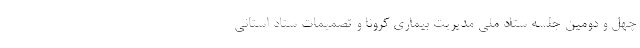
چهل و دومین جلسه ستاد ملی مدیریت بیماری کرونا و تصمیمات ستاد استانی